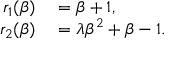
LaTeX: \begin{array} { r l } { r _ { 1 } ( \beta ) } & { { } = \beta + 1 , } \\ { r _ { 2 } ( \beta ) } & { { } = \lambda \beta ^ { 2 } + \beta - 1 . } \end{array}